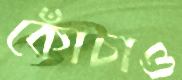
কোঁচাও